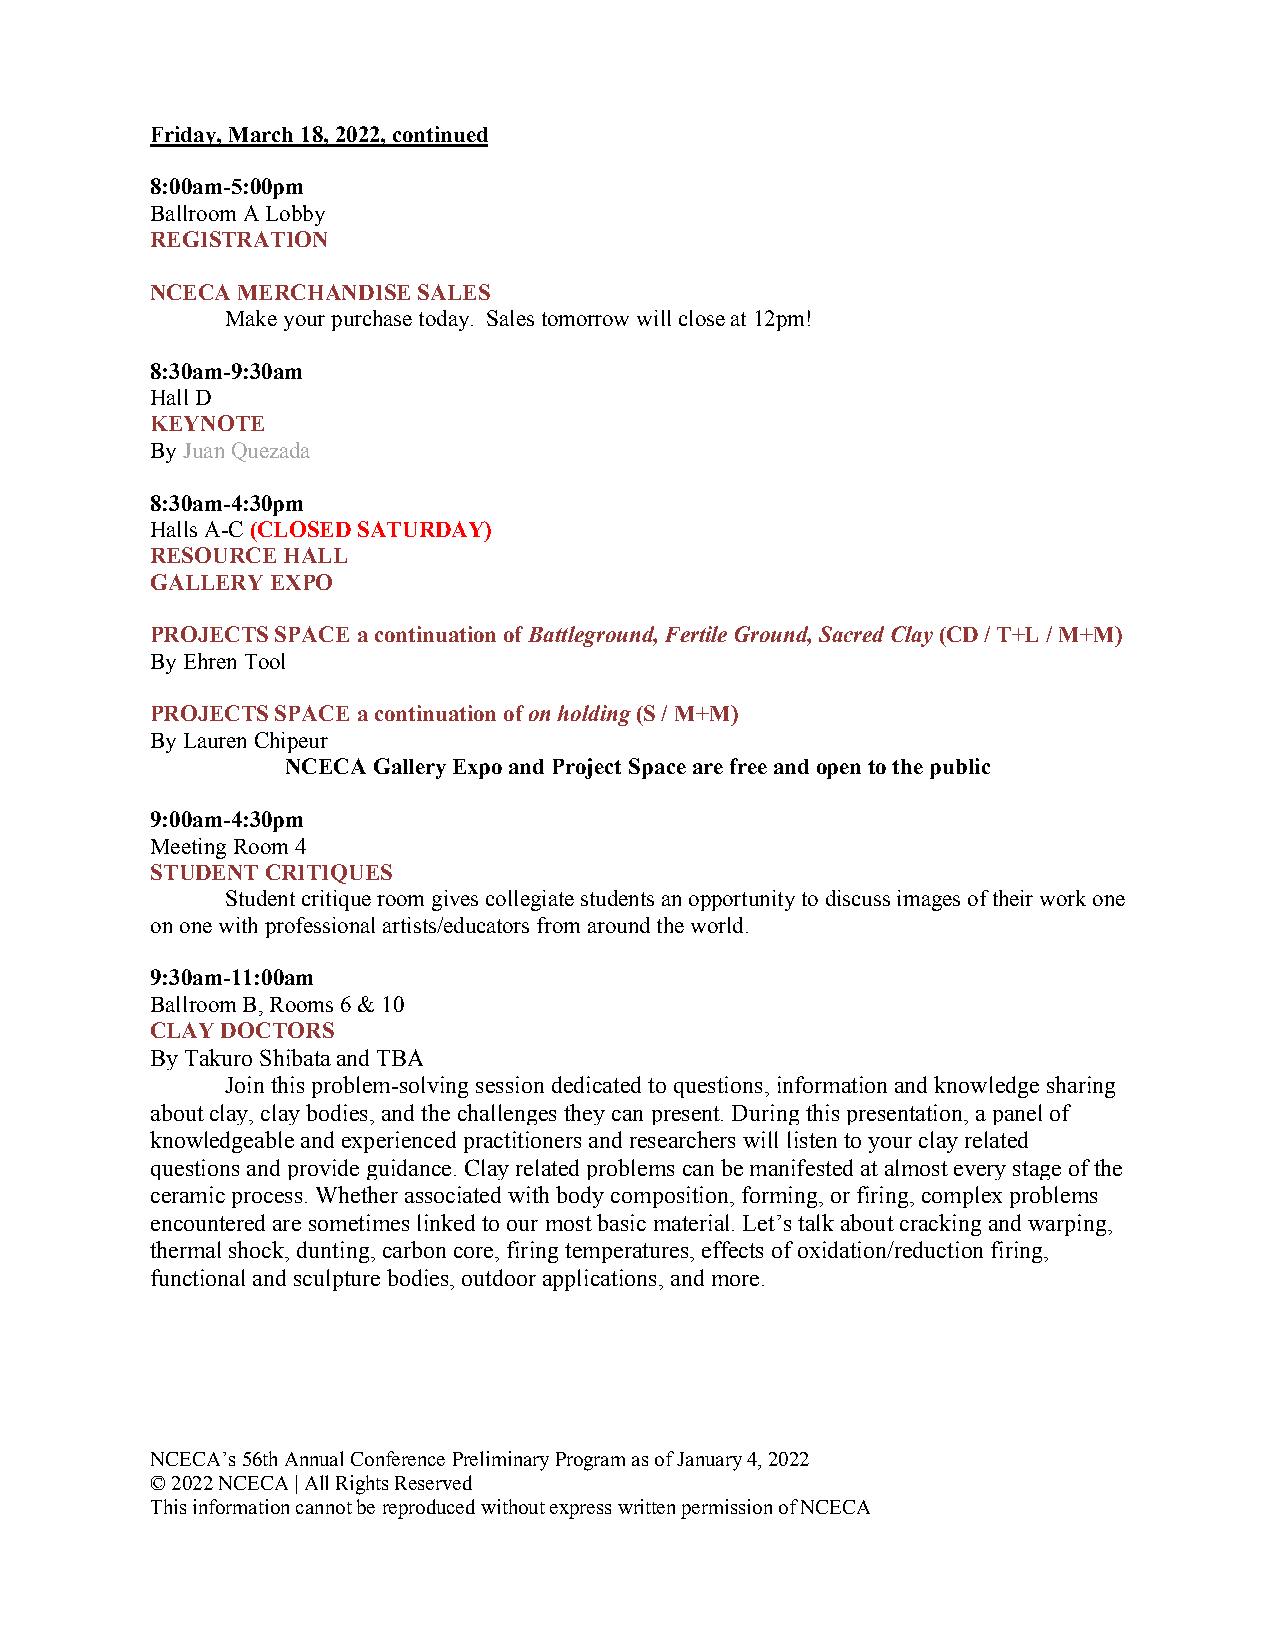
Friday, March 18, 2022, continued
 8:00am-5:00pm
 Ballroom A Lobby
 REGISTRATION
 NCECA MERCHANDISE SALES
 Make your purchase today. Sales tomorrow will close at 12pm!
 8:30am-9:30am
 Hall D
 KEYNOTE
 By Juan Quezada
 8:30am-4:30pm
 Halls A-C (CLOSED SATURDAY)
 RESOURCE HALL
 GALLERY EXPO
 PROJECTS SPACE a continuation of Battleground, Fertile Ground, Sacred Clay (CD / T+L / M+M)
 By Ehren Tool
 PROJECTS SPACE a continuation of on holding (S / M+M)
 By Lauren Chipeur
 NCECA Gallery Expo and Project Space are free and open to the public
 9:00am-4:30pm
 Meeting Room 4
 STUDENT CRITIQUES
 Student critique room gives collegiate students an opportunity to discuss images of their work one
 on one with professional artists/educators from around the world.
 9:30am-11:00am
 Ballroom B, Rooms 6 & 10
 CLAY DOCTORS
 By Takuro Shibata and TBA
 Join this problem-solving session dedicated to questions, information and knowledge sharing
 about clay, clay bodies, and the challenges they can present. During this presentation, a panel of
 knowledgeable and experienced practitioners and researchers will listen to your clay related
 questions and provide guidance. Clay related problems can be manifested at almost every stage of the
 ceramic process. Whether associated with body composition, forming, or firing, complex problems
 encountered are sometimes linked to our most basic material. Let’s talk about cracking and warping,
 thermal shock, dunting, carbon core, firing temperatures, effects of oxidation/reduction firing,
 functional and sculpture bodies, outdoor applications, and more.
 NCECA’s 56th Annual Conference Preliminary Program as of January 4, 2022
 © 2022 NCECA | All Rights Reserved
 This information cannot be reproduced without express written permission of NCECA